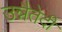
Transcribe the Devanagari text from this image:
उन्नैतेदी